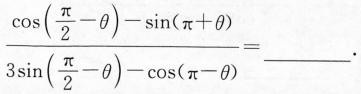
$$ \frac{\cos(\frac{\pi}{2}- \theta)- \sin(\pi + \theta)}{3 \sin(\frac{\pi}{2}- \theta)- \cos(\pi - \theta)}=$$ ___。